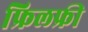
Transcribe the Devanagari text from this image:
फ्रिलफ्री